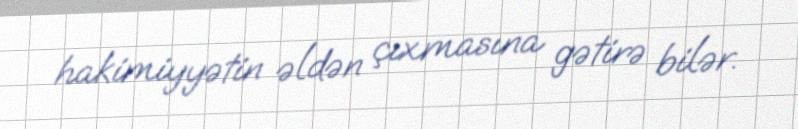
hakimiyyətin əldən çıxmasına gətirə bilər.